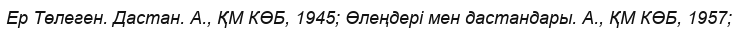
Ер Төлеген. Дастан. А., ҚМ КӨБ, 1945; Өлеңдері мен дастандары. А., ҚМ КӨБ, 1957;